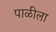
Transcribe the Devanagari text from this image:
पाळीला